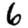
Digit: 6